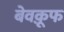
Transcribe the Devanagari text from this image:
बेवक़ूफ